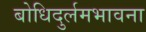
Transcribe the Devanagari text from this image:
बोधिदुर्लमभावना